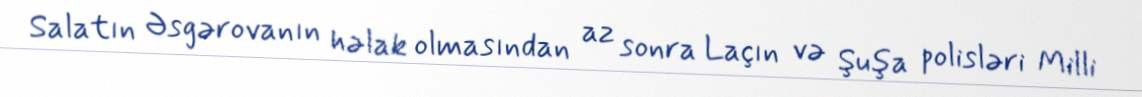
Salatın Əsgərovanın həlak olmasından az sonra Laçın və Şuşa polisləri Milli